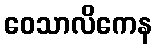
ဝေသာလိကေန